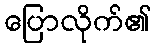
ပြောလိုက်၏